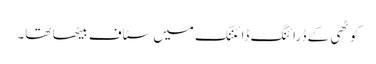
کوٹھی کے ڈرائنگ ڈائننگ میں سٹاف بیٹھا تھا۔